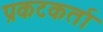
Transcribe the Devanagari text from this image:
प्रकटकर्ता